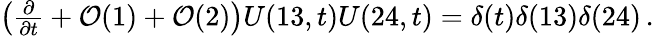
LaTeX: \begin{array}{r}{\left(\frac{\partial}{\partial t}+\mathcal{O}(1)+\mathcal{O}(2)\right)U(13,t)U(24,t)=\delta(t)\delta(13)\delta(24)\, .}\end{array}